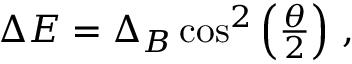
\begin{array} { r } { \Delta E = \Delta _ { B } \cos ^ { 2 } \left( \frac { \theta } { 2 } \right) \, , } \end{array}